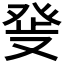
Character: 𤼬